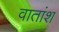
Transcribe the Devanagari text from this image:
वातांश